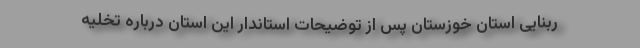
ربنایی استان خوزستان پس از توضیحات استاندار این استان درباره تخلیه